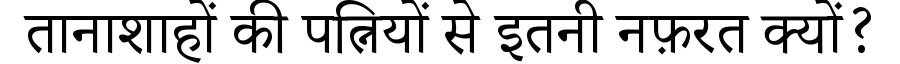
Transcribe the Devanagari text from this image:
तानाशाहों की पत्नियों से इतनी नफ़रत क्यों?